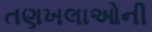
તણખલાઓની